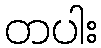
တပါး